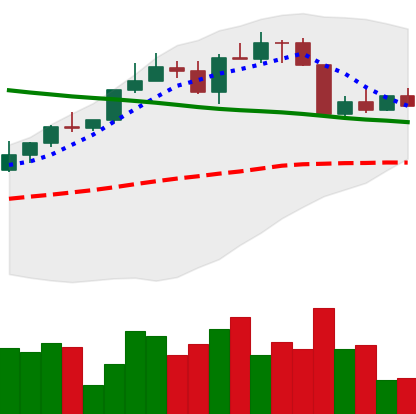
Ticker: ETH-USD
Chart end date: 2022-04-10
Forward return: -5.323%
Label: down_5_7